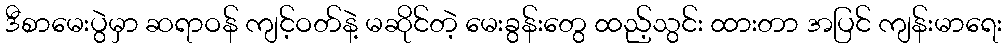
ဒီစာမေးပွဲမှာ ဆရာဝန် ကျင့်ဝတ်နဲ့ မဆိုင်တဲ့ မေးခွန်းတွေ ထည့်သွင်း ထားတာ အပြင် ကျန်းမာရေး